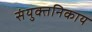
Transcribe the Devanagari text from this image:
संयुक्तनिकाय